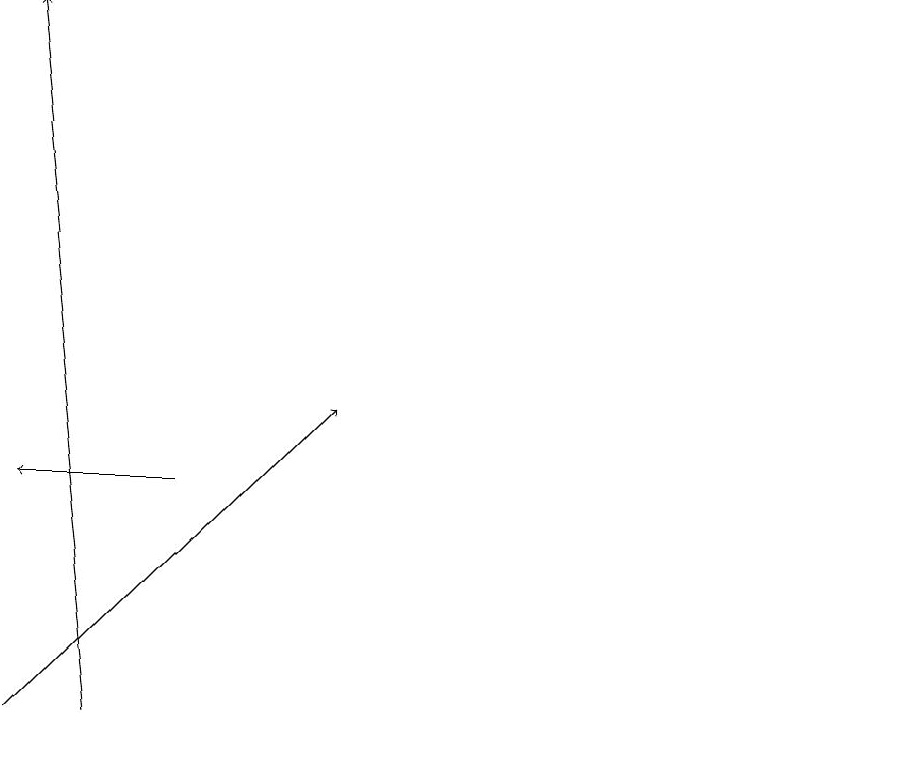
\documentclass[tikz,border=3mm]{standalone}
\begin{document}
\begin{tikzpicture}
\draw (12,11) circle (0);
\draw[->] (2,10) -- (1,19);
\draw[->] (1,10) -- (5,14);
\draw[->] (3,13) -- (1,13);
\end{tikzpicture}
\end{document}